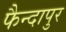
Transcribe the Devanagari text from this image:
फैन्दापुर